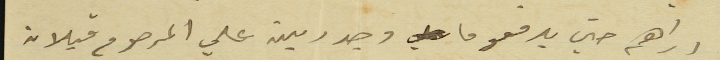
دراهم حتى يدفعو ما وجد دين علي المرحوم قبلان